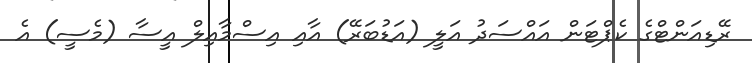
ރޭޑިއަންޓްގެ ކެޕްޓަން އައްސަދު އަލީ (އަޑުބަރޭ) އާއި އިސްމާއިލް އީސާ (މެސީ) އެ